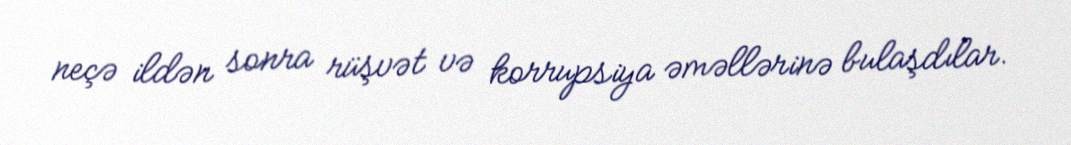
neçə ildən sonra rüşvət və korrupsiya əməllərinə bulaşdılar.